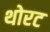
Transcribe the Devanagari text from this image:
थोरट